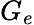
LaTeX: G_{e}